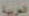
العربية